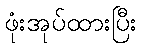
ဖုံးအုပ်ထားပြီး